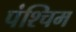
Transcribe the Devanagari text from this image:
पंश्चिम